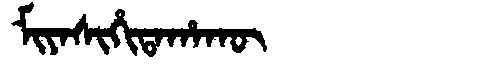
Manchu: ᠮᡳᠶᠠᠰᡳᡥᡳᡨᠠᡥᠠᡴᡡ
Romanization: MIYASIHITAHAKŪ